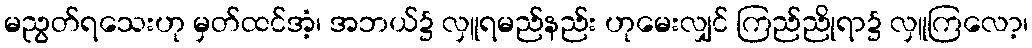
မညွတ်ရသေးဟု မှတ်ထင်အံ့၊ အဘယ်၌ လှူရမည်နည်း ဟုမေးလျှင် ကြည်ညိုရာ၌ လှူကြလော့၊